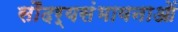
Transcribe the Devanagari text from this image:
सौंदर्यसंभावनाओं